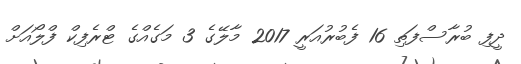
ދީފި ބުރާސްފަތި 16 ފެބުރުއަރީ 2017 މާލޭގެ 3 މަގެއްގެ ޓްރެފިކް ފްލޯއަށް